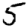
Digit: 5